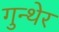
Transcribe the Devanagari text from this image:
गुन्थेर